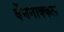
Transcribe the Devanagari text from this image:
वेंमनाक्कल